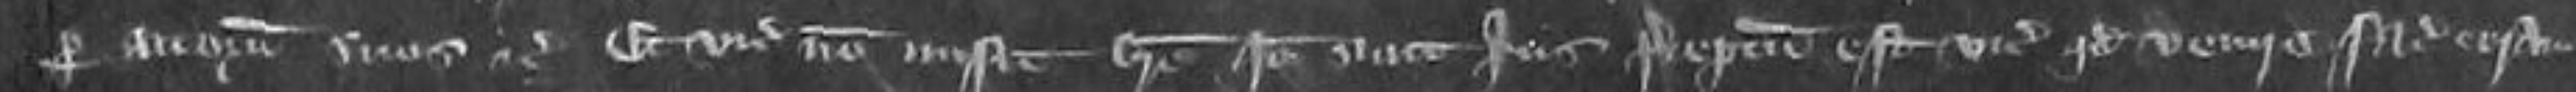
per attornatos suos etc Et vicecomes non misit breve Ideo sicut pluries preceptum est vicecomiti quod venire faciat coram